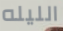
الليله